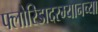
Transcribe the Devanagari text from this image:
फ्लोरिडादरम्यानच्या